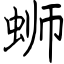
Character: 蛳